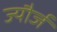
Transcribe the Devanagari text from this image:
ज्यौर्ज